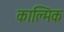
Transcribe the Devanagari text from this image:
काल्मिक